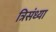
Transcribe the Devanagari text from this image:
त्रिसंध्या